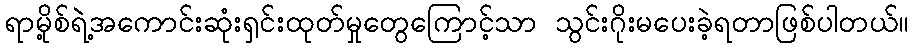
ရာမို့စ်ရဲဲ့အကောင်းဆုံးရှင်းထုတ်မှုတွေကြောင့်သာ သွင်းဂိုးမပေးခဲ့ရတာဖြစ်ပါတယ်။